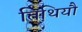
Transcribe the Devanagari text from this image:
तिथियौ